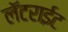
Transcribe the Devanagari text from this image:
लॅटराईट